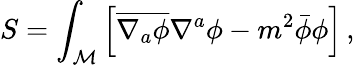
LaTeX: S=\int_{\mathcal M}\left[\overline{{{\nabla_{a}\phi}}}\nabla^{a}\phi-m^{2}\bar{\phi}\phi\right]\, ,